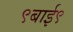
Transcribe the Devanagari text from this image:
९बाई९